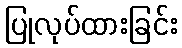
ပြုလုပ်ထားခြင်း